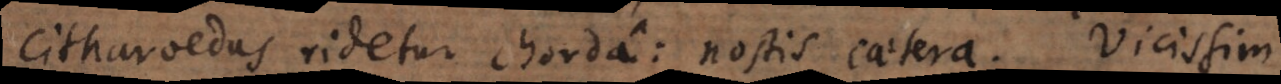
Citharoedus ridetur chorda: nostis caetera. Vicissim